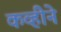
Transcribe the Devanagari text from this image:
कव्हीने